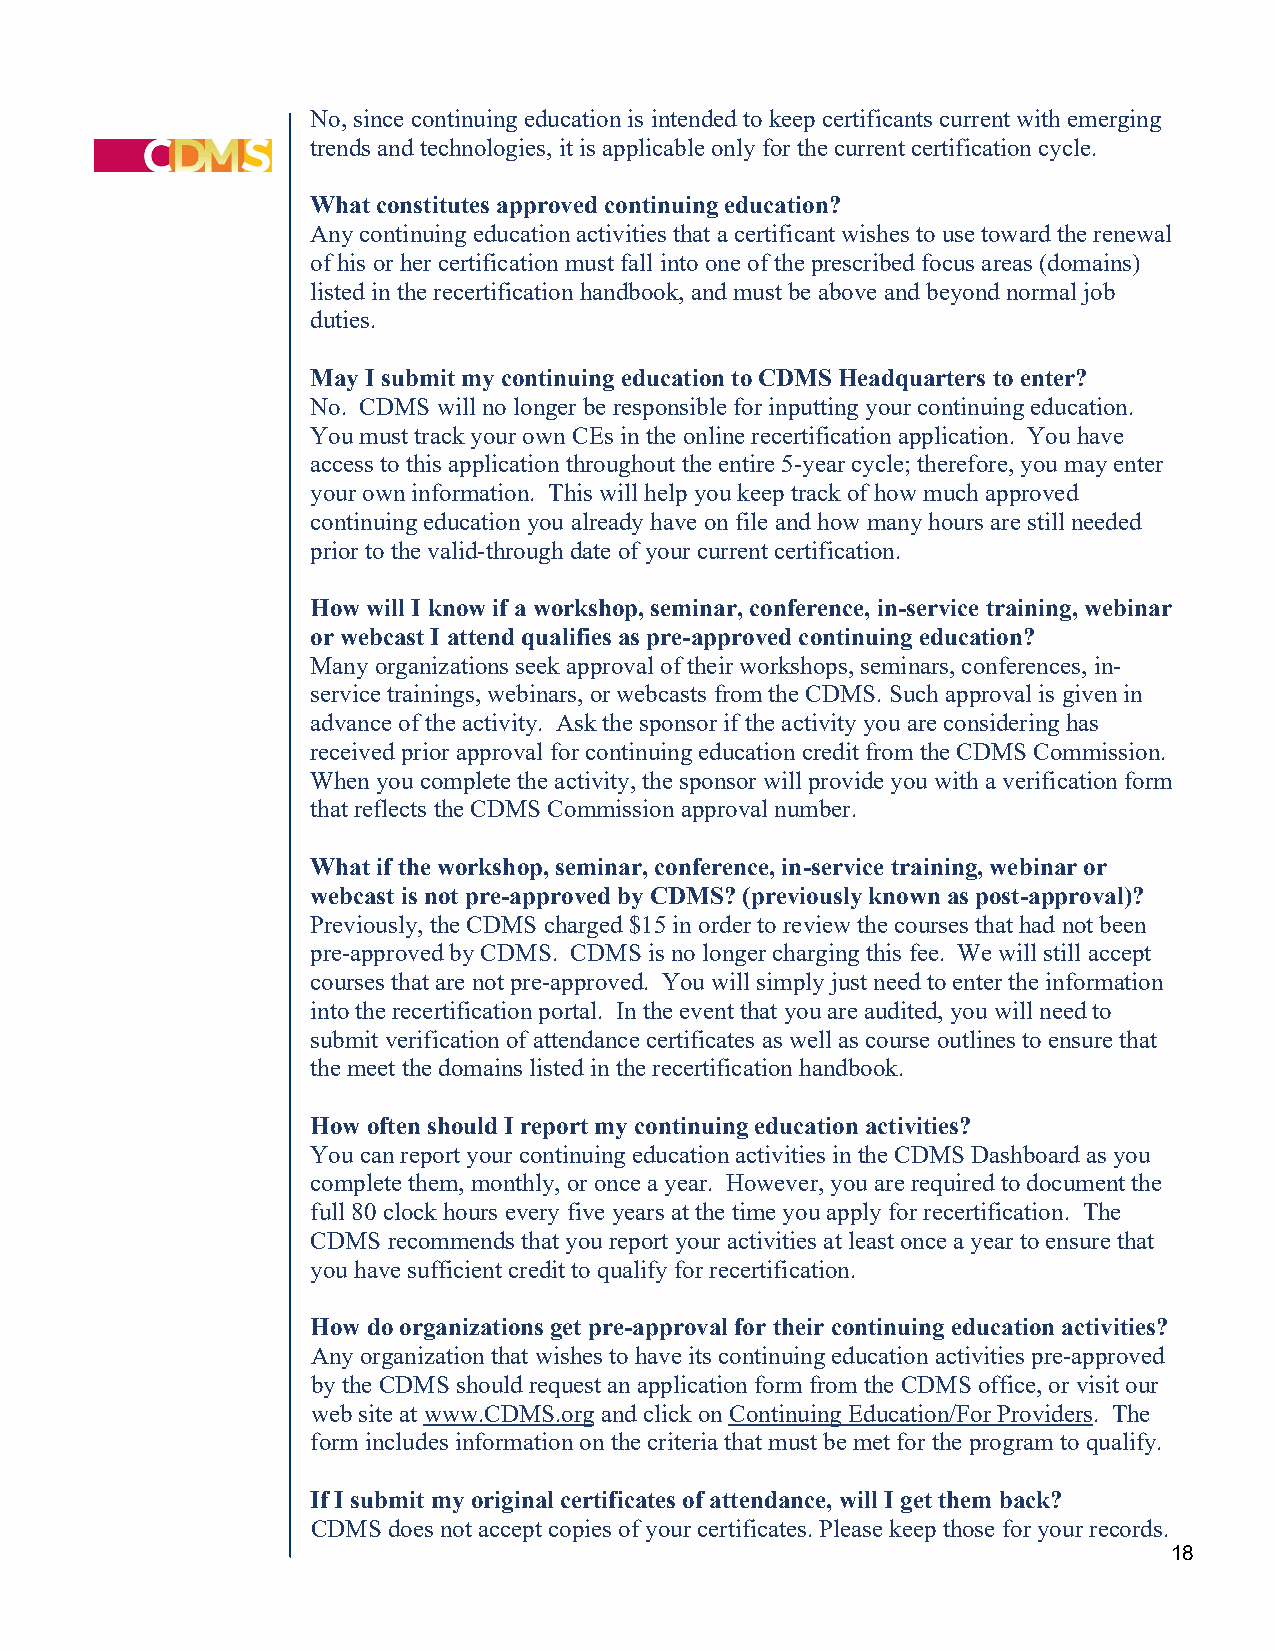
No, since continuing education is intended to keep certificants current with emerging
 trends and technologies, it is applicable only for the current certification cycle.
 What constitutes approved continuing education?
 Any continuing education activities that a certificant wishes to use toward the renewal
 of his or her certification must fall into one of the prescribed focus areas (domains)
 listed in the recertification handbook, and must be above and beyond normal job
 duties.
 May I submit my continuing education to CDMS Headquarters to enter?
 No. CDMS will no longer be responsible for inputting your continuing education.
 You must track your own CEs in the online recertification application. You have
 access to this application throughout the entire 5-year cycle; therefore, you may enter
 your own information. This will help you keep track of how much approved
 continuing education you already have on file and how many hours are still needed
 prior to the valid-through date of your current certification.
 How will I know if a workshop, seminar, conference, in-service training, webinar
 or webcast I attend qualifies as pre-approved continuing education?
 Many organizations seek approval of their workshops, seminars, conferences, in-
 service trainings, webinars, or webcasts from the CDMS. Such approval is given in
 advance of the activity. Ask the sponsor if the activity you are considering has
 received prior approval for continuing education credit from the CDMS Commission.
 When you complete the activity, the sponsor will provide you with a verification form
 that reflects the CDMS Commission approval number.
 What if the workshop, seminar, conference, in-service training, webinar or
 webcast is not pre-approved by CDMS? (previously known as post-approval)?
 Previously, the CDMS charged $15 in order to review the courses that had not been
 pre-approved by CDMS. CDMS is no longer charging this fee. We will still accept
 courses that are not pre-approved. You will simply just need to enter the information
 into the recertification portal. In the event that you are audited, you will need to
 submit verification of attendance certificates as well as course outlines to ensure that
 the meet the domains listed in the recertification handbook.
 How often should I report my continuing education activities?
 You can report your continuing education activities in the CDMS Dashboard as you
 complete them, monthly, or once a year. However, you are required to document the
 full 80 clock hours every five years at the time you apply for recertification. The
 CDMS recommends that you report your activities at least once a year to ensure that
 you have sufficient credit to qualify for recertification.
 How do organizations get pre-approval for their continuing education activities?
 Any organization that wishes to have its continuing education activities pre-approved
 by the CDMS should request an application form from the CDMS office, or visit our
 web site at www.CDMS.org and click on Continuing Education/For Providers. The
 form includes information on the criteria that must be met for the program to qualify.
 If I submit my original certificates of attendance, will I get them back?
 CDMS does not accept copies of your certificates. Please keep those for your records.
 18